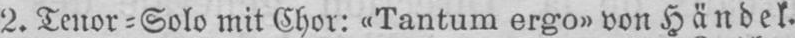
2. Tenor⸗Solo mit Chor: «Tantum ergo» von Händel.